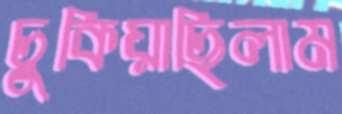
চুকিয়াছিলাম